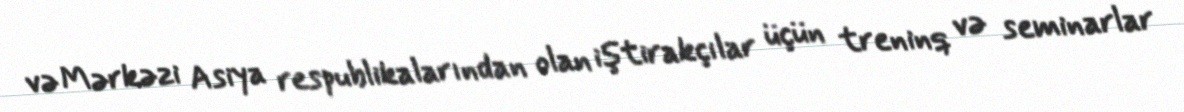
və Mərkəzi Asiya respublikalarından olan iştirakçılar üçün treninq və seminarlar